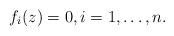
LaTeX: \begin{align*}f_i(z)=0, i=1,\ldots, n.\end{align*}